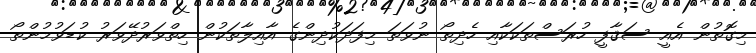
މިގޮތުން އެއީ ސަޤާފީ ހުރަސްތަކަކާއި ހެދިތޯ ނުވަތަ މިފަދަކުދިންގެ އާއިލާތަކުން ހިތްވަރުދޭވަރު ކުޑަވުމުންތޯ